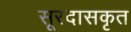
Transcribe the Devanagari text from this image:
सूरदासकृत